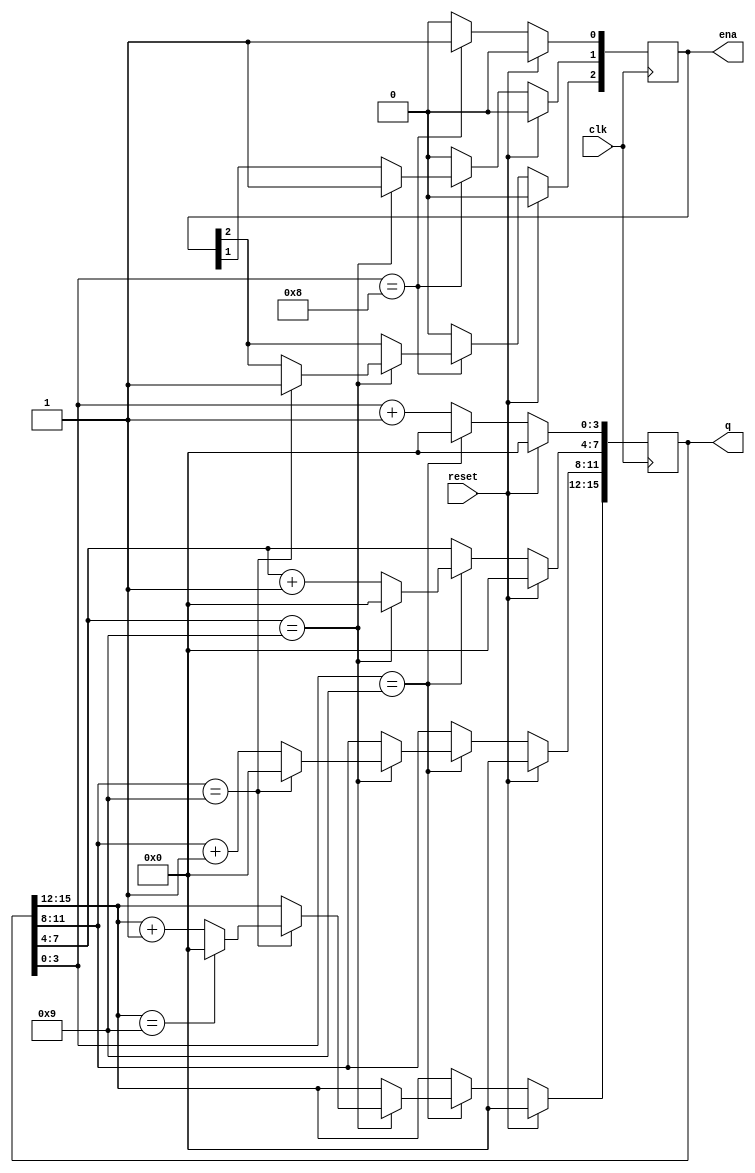
module top_module (
    input clk,
    input reset,   // Synchronous active-high reset
    output reg [3:1] ena,
    output reg [15:0] q);

always @(posedge clk)
begin
    if(reset)
        q <= 0;
    else
    begin
        if(q[3:0] == 4'd9)
        begin
            q[3:0] <= 4'b0000;
            if(q[7:4] == 4'd9)
            begin
                q[7:4] <= 4'b0000;
                if(q[11:8] == 4'd9)
                begin
                    q[11:8] <= 4'b0000;
                    if(q[15:12] == 4'd9)
                        q[15:12] <= 4'b0000;
                    else
                        q[15:12] <= q[15:12] + 1;
                end
                else
                     q[11:8] <= q[11:8]+4'b0001;      
            end
            else
                q[7:4] <= q[7:4]+4'b0001;
        end
        else
            q[3:0] <= q[3:0]+4'b0001;
    end
end

// always @(posedge clk)
// begin
//     if(reset)
//         q <= 0;
//     else
//     begin
//         q <= q + 1;
//     end
// end

always @(posedge clk)
begin
    if(reset)
        ena <= 0;
    else
    begin
        if(q[3:0]==4'd8)
        begin
            ena[1] <= 1'b1;
            if(q[7:4]==4'd9)
            begin
                ena[2] <= 1'b1;
                if(q[11:8]==4'd9)
                    ena[3] <= 1'b1;
            end
        end
        else
        ena <= 3'b000;
    end
end

endmodule